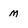
Character: M